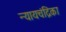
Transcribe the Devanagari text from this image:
न्यायचंद्रिका